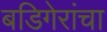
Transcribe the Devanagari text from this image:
बडिगेरांचा